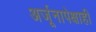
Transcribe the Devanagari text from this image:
अर्जूनापेक्षाही